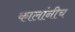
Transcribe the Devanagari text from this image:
कालांनीच